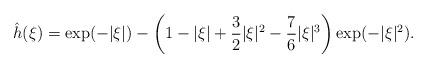
LaTeX: \begin{align*}\hat h(\xi) = \exp(-|\xi|) - \left(1 - |\xi| +\frac{3}{2}|\xi|^2 - \frac{7}{6} |\xi|^3 \right) \exp(-|\xi|^2).\end{align*}